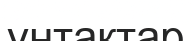
ұнтақтар